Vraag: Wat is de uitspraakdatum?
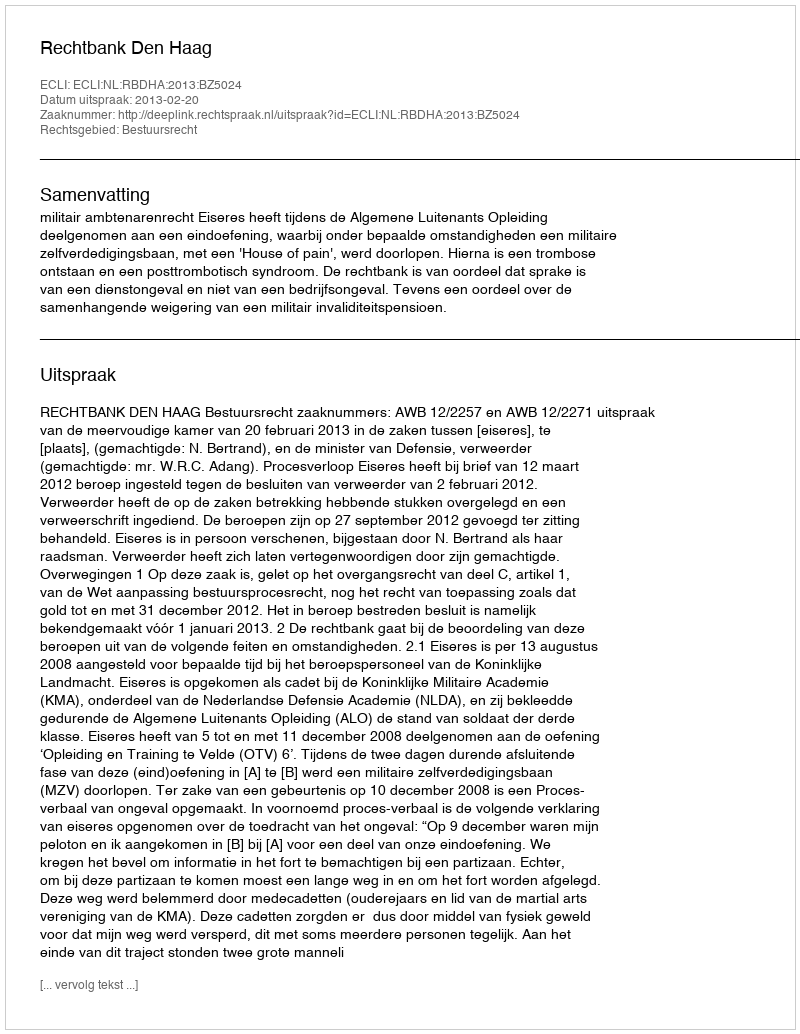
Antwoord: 2013-02-20